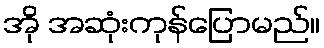
အို အဆုံးကုန်ပြောမည်။